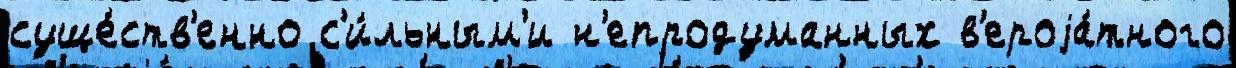
суще́ств'енно с'и́льным'и н'епродуманных в'ероjа́тного